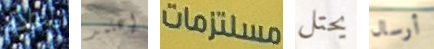
بإعادة إعتمد مستلزمات يحتل أرسال